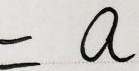
= a